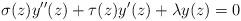
LaTeX: \begin{align*}\sigma(z)y''(z)+\tau(z)y'(z)+\lambda y(z)=0\end{align*}